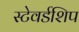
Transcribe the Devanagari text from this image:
स्टेवर्डशिप